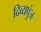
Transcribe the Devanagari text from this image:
दिव्यपुंज